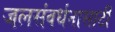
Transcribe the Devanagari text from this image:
जलसंवर्धनासाठी